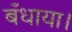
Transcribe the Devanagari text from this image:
बँधाया।